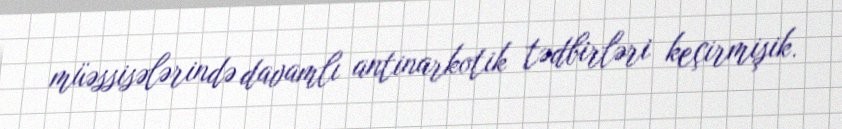
müəssisələrində davamlı antinarkotik tədbirləri keçirmişik.